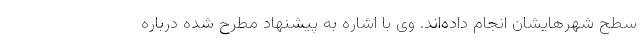
سطح شهرهایشان انجام داده‌اند. وی با اشاره به پیشنهاد مطرح شده درباره